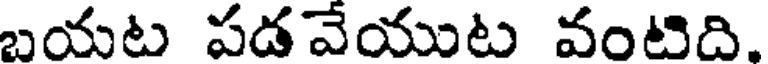
బయట పడవేయుట వంటిది.